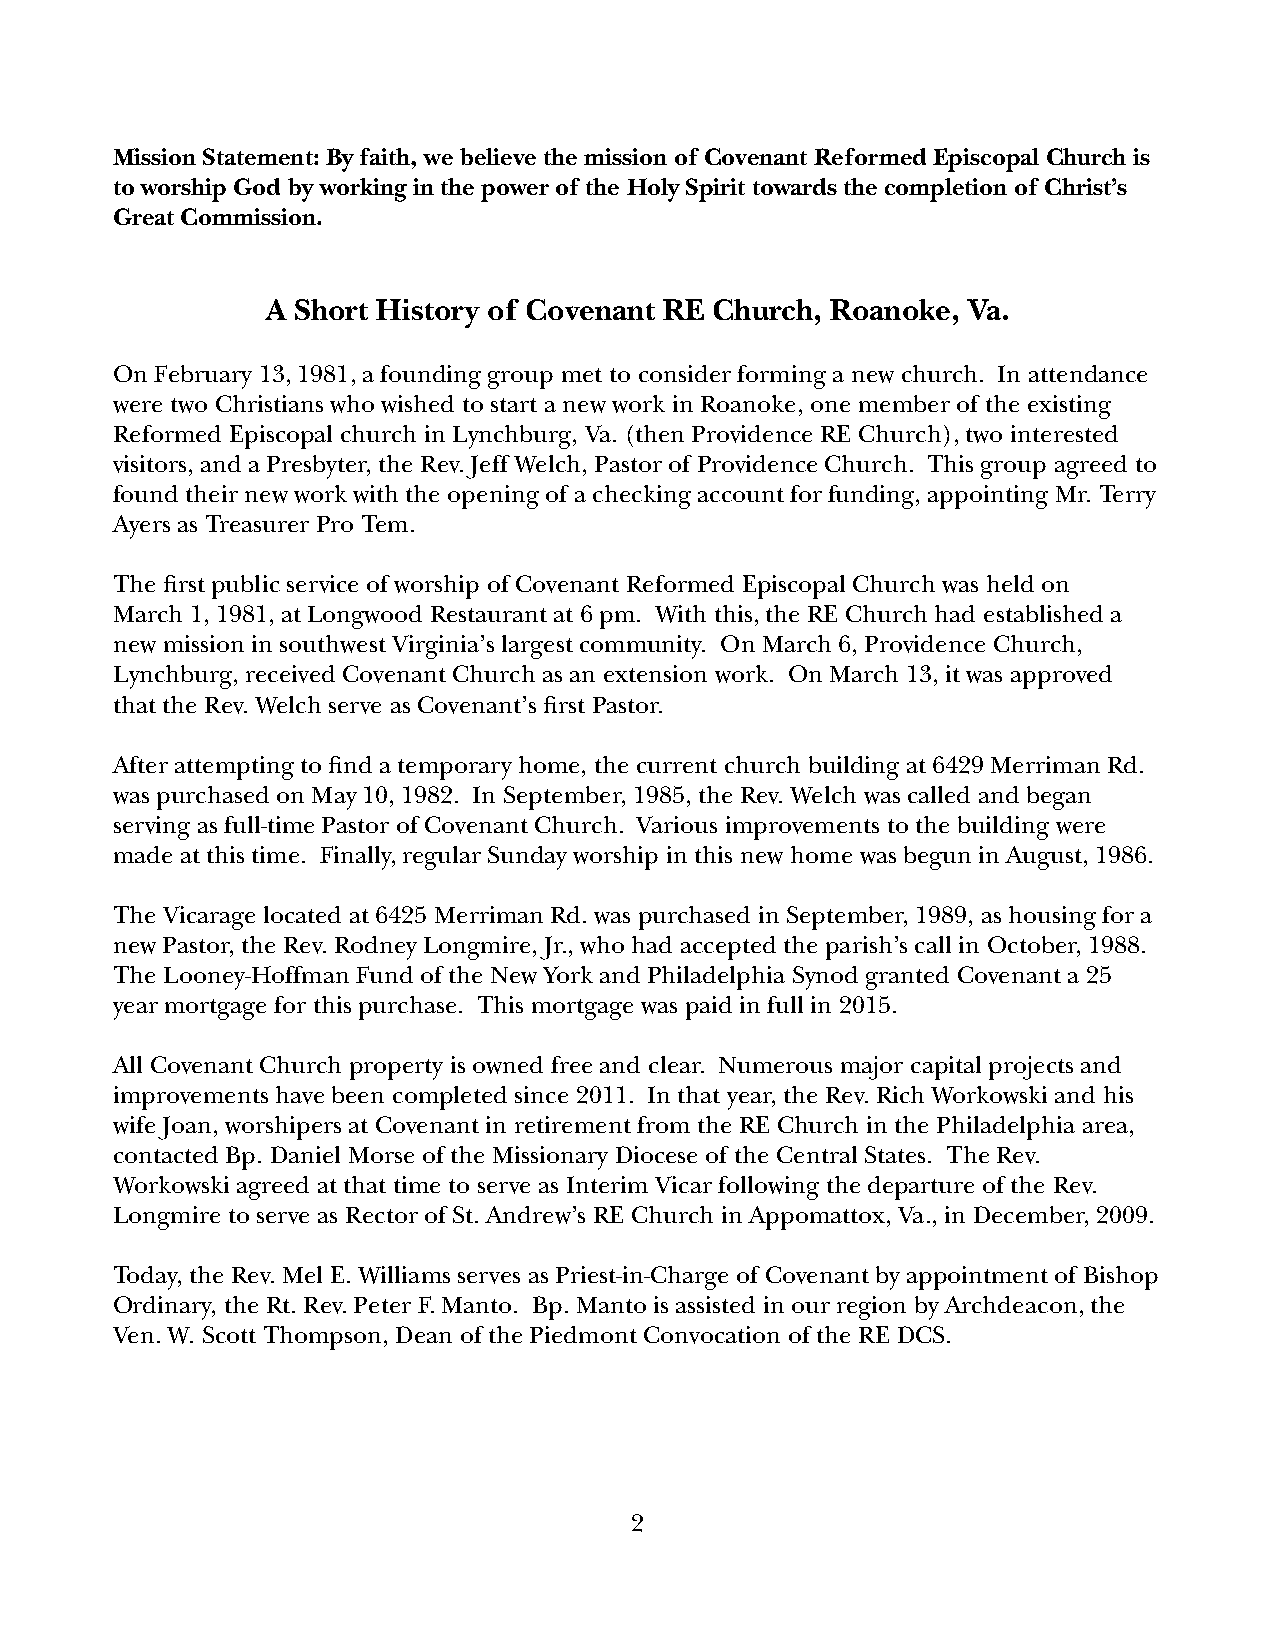
Mission Statement: By faith, we believe the mission of Covenant Reformed Episcopal Church is
 to worship God by working in the power of the Holy Spirit towards the completion of Christ’s
 Great Commission.
 A Short History of Covenant RE Church, Roanoke, Va.
 On February 13, 1981, a founding group met to consider forming a new church. In attendance
 were two Christians who wished to start a new work in Roanoke, one member of the existing
 Reformed Episcopal church in Lynchburg, Va. (then Providence RE Church), two interested
 visitors, and a Presbyter, the Rev. Jeff Welch, Pastor of Providence Church. This group agreed to
 found their new work with the opening of a checking account for funding, appointing Mr. Terry
 Ayers as Treasurer Pro Tem.
 The first public service of worship of Covenant Reformed Episcopal Church was held on
 March 1, 1981, at Longwood Restaurant at 6 pm. With this, the RE Church had established a
 new mission in southwest Virginia’s largest community. On March 6, Providence Church,
 Lynchburg, received Covenant Church as an extension work. On March 13, it was approved
 that the Rev. Welch serve as Covenant’s first Pastor.
 After attempting to find a temporary home, the current church building at 6429 Merriman Rd.
 was purchased on May 10, 1982. In September, 1985, the Rev. Welch was called and began
 serving as full-time Pastor of Covenant Church. Various improvements to the building were
 made at this time. Finally, regular Sunday worship in this new home was begun in August, 1986.
 The Vicarage located at 6425 Merriman Rd. was purchased in September, 1989, as housing for a
 new Pastor, the Rev. Rodney Longmire, Jr., who had accepted the parish’s call in October, 1988.
 The Looney-Hoffman Fund of the New York and Philadelphia Synod granted Covenant a 25
 year mortgage for this purchase. This mortgage was paid in full in 2015.
 All Covenant Church property is owned free and clear. Numerous major capital projects and
 improvements have been completed since 2011. In that year, the Rev. Rich Workowski and his
 wife Joan, worshipers at Covenant in retirement from the RE Church in the Philadelphia area,
 contacted Bp. Daniel Morse of the Missionary Diocese of the Central States. The Rev.
 Workowski agreed at that time to serve as Interim Vicar following the departure of the Rev.
 Longmire to serve as Rector of St. Andrew’s RE Church in Appomattox, Va., in December, 2009.
 Today, the Rev. Mel E. Williams serves as Priest-in-Charge of Covenant by appointment of Bishop
 Ordinary, the Rt. Rev. Peter F. Manto. Bp. Manto is assisted in our region by Archdeacon, the
 Ven. W. Scott Thompson, Dean of the Piedmont Convocation of the RE DCS.
 2